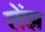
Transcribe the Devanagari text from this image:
लेंझ